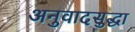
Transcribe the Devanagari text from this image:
अनुवादसुद्धा